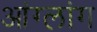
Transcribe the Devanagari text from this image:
आंग्लांग